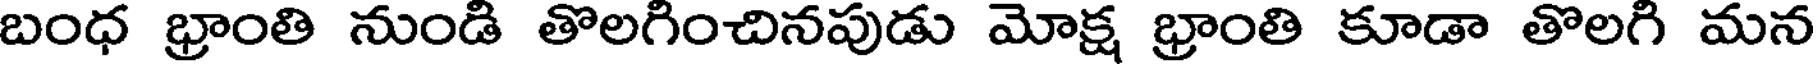
బంధ భ్రాంతి నుండి తొలగించినపుడు మోక్ష భ్రాంతి కూడా తొలగి మన